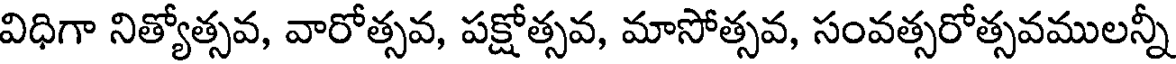
విధిగా నిత్యోత్సవ, వారోత్సవ, పక్షోత్సవ, మాసోత్సవ, సంవత్సరోత్సవములన్నీ